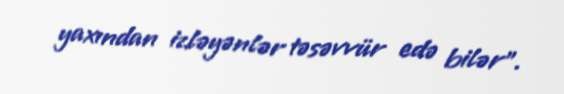
yaxından izləyənlər təsəvvür edə bilər”.